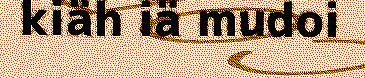
kiäh iä mudoi